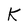
Character: k